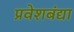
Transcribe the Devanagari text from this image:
प्रवेशबंद्या